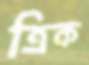
ত্রিক